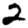
Digit: 2